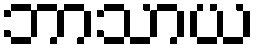
ဘာသာယ